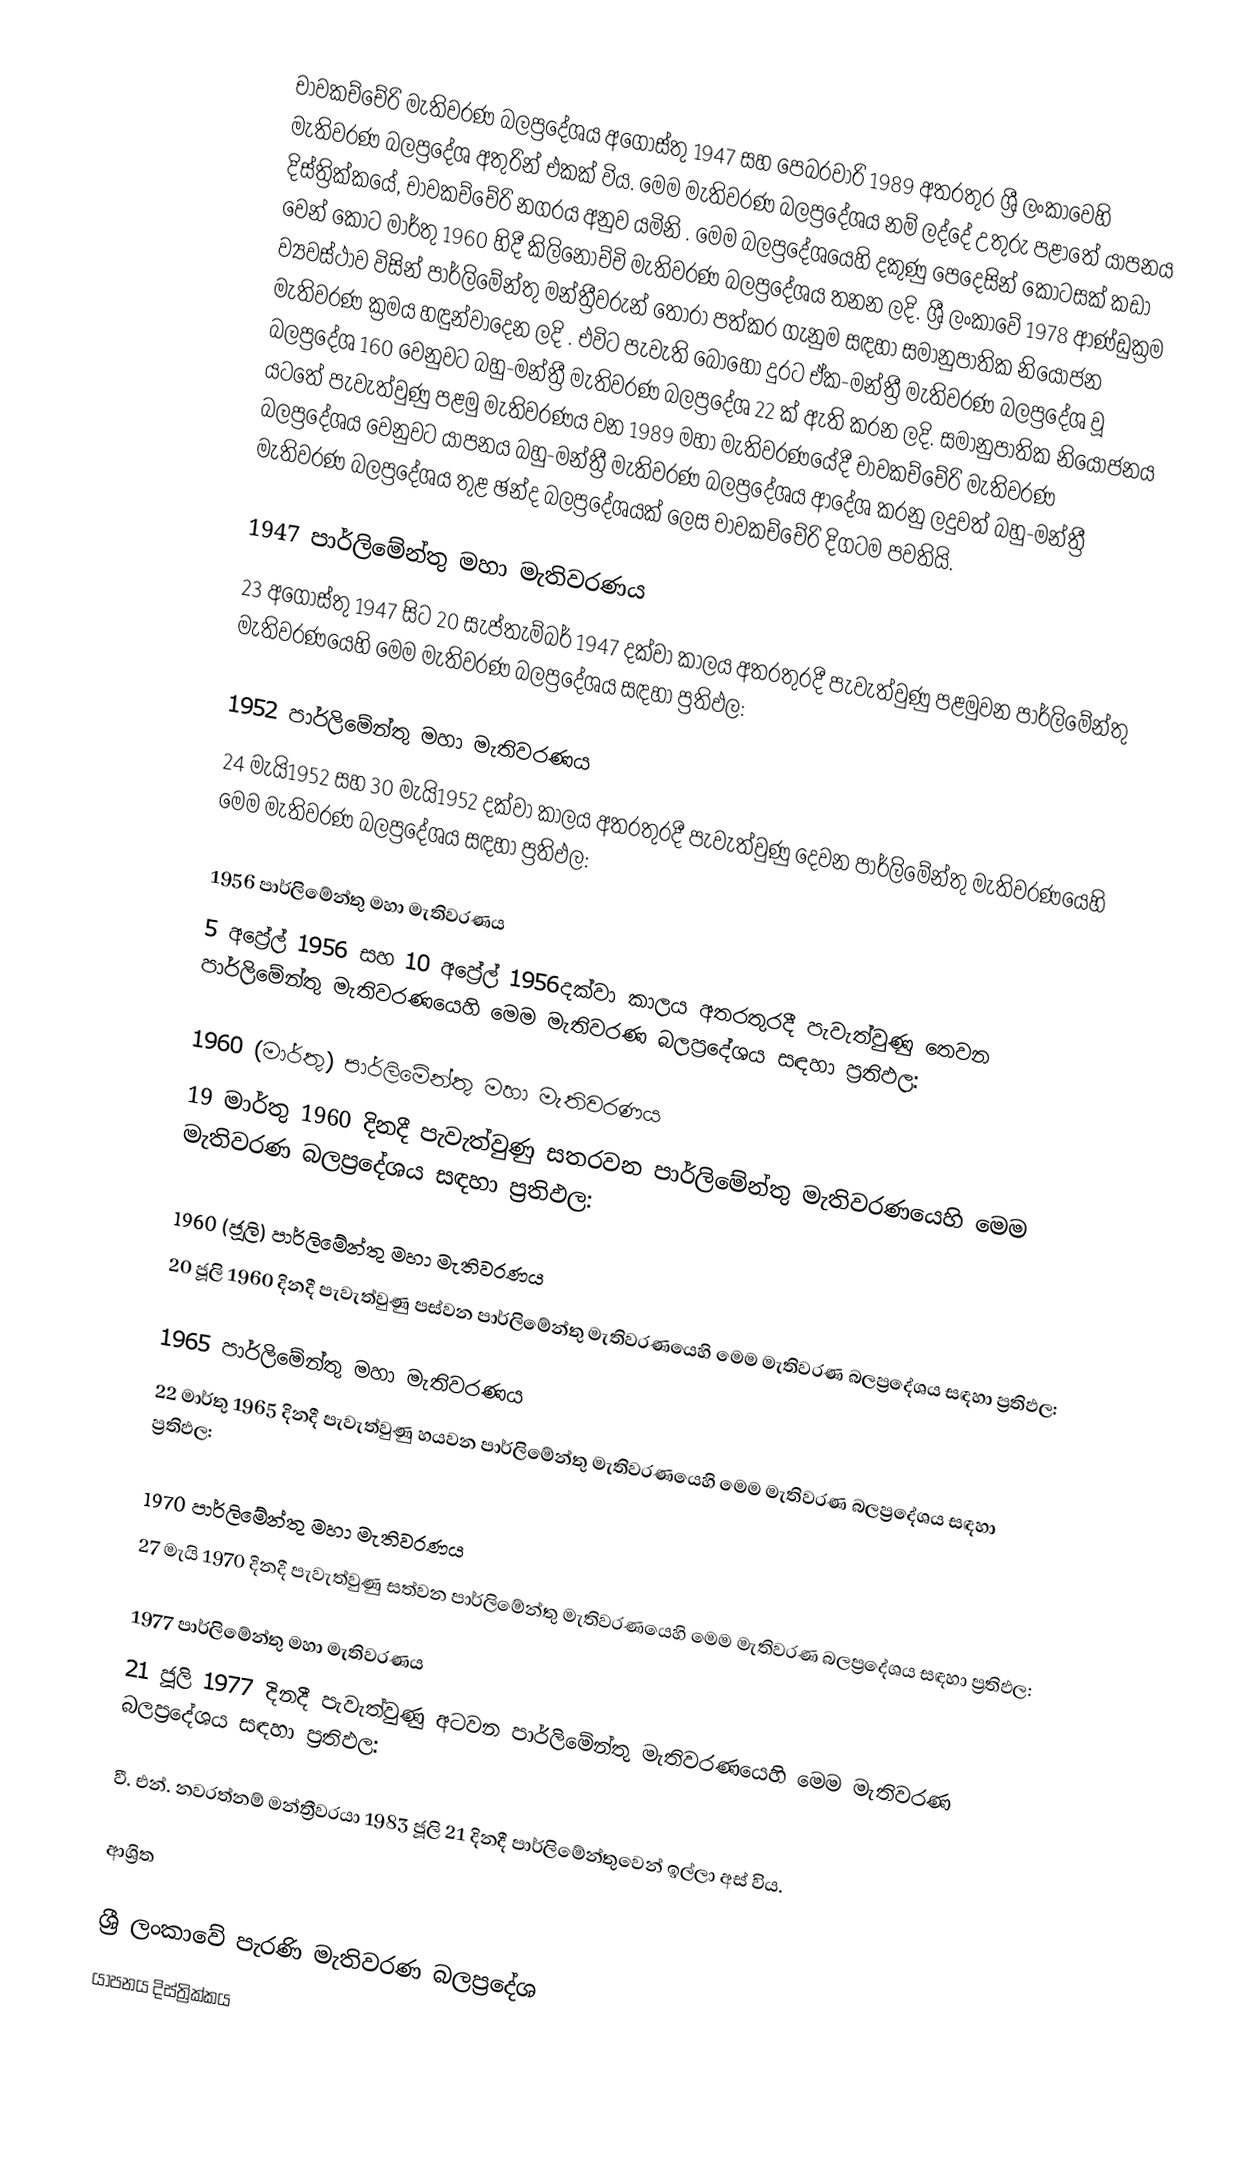
චාවකච්චේරි මැතිවරණ බලප්‍රදේශය  අගෝස්තු 1947 සහ පෙබරවාරි 1989 අතරතුර  ශ්‍රී ලංකාවෙහි  මැතිවරණ බලප්‍රදේශ අතුරින් එකක් විය. මෙම මැතිවරණ බලප්‍රදේශය නම් ලද්දේ උතුරු පළාතේ  යාපනය දිස්ත්‍රික්කයේ,  චාවකච්චේරි නගරය අනුව යමිනි . මෙම බලප්‍රදේශයෙහි දකුණු පෙදෙසින් කොටසක් කඩා වෙන් කොට මාර්තු 1960 හිදී කිලිනොච්චි මැතිවරණ බලප්‍රදේශය තනන ලදි. ශ්‍රී ලංකාවේ 1978 ආණ්ඩුක්‍රම ව්‍යවස්ථාව විසින්   පාර්ලිමේන්තු මන්ත්‍රීවරුන් තෝරා පත්කර ගැනුම සඳහා සමානුපාතික නියෝජන මැතිවරණ ක්‍රමය හඳුන්වාදෙන ලදි . එවිට පැවැති බොහෝ දුරට  ඒක-මන්ත්‍රී මැතිවරණ බලප්‍රදේශ වූ බලප්‍රදේශ 160 වෙනුවට බහු-මන්ත්‍රී මැතිවරණ බලප්‍රදේශ 22 ක් ඇති කරන ලදි. සමානුපාතික නියෝජනය යටතේ පැවැත්වුණු පළමු මැතිවරණය වන 1989 මහා මැතිවරණයේදී  චාවකච්චේරි මැතිවරණ බලප්‍රදේශය වෙනුවට  යාපනය බහු-මන්ත්‍රී මැතිවරණ බලප්‍රදේශය  ආදේශ කරනු ලදුවත් බහු-මන්ත්‍රී මැතිවරණ බලප්‍රදේශය තුළ ඡන්ද බලප්‍රදේශයක් ලෙස චාවකච්චේරි දිගටම පවතියි.

1947 පාර්ලිමේන්තු මහා මැතිවරණය
23 අගෝස්තු 1947 සිට 20 සැප්තැම්බර් 1947 දක්වා කාලය අතරතුරදී පැවැත්වුණු  පළමුවන පාර්ලිමේන්තු මැතිවරණයෙහි මෙම මැතිවරණ බලප්‍රදේශය සඳහා ප්‍රතිඵල:

1952 පාර්ලිමේන්තු මහා මැතිවරණය
24 මැයි1952 සහ 30 මැයි1952 දක්වා කාලය අතරතුරදී පැවැත්වුණු  දෙවන පාර්ලිමේන්තු මැතිවරණයෙහි මෙම මැතිවරණ බලප්‍රදේශය සඳහා ප්‍රතිඵල:

1956 පාර්ලිමේන්තු මහා මැතිවරණය
5 අප්‍රේල් 1956 සහ 10 අප්‍රේල් 1956දක්වා කාලය අතරතුරදී පැවැත්වුණු  තෙවන පාර්ලිමේන්තු මැතිවරණයෙහි මෙම මැතිවරණ බලප්‍රදේශය සඳහා ප්‍රතිඵල:

1960 (මාර්තු) පාර්ලිමේන්තු මහා මැතිවරණය
19 මාර්තු 1960 දිනදී පැවැත්වුණු  සතරවන පාර්ලිමේන්තු මැතිවරණයෙහි මෙම මැතිවරණ බලප්‍රදේශය සඳහා ප්‍රතිඵල:

1960 (ජූලි) පාර්ලිමේන්තු මහා මැතිවරණය
20 ජූලි 1960 දිනදී පැවැත්වුණු  පස්වන පාර්ලිමේන්තු මැතිවරණයෙහි මෙම මැතිවරණ බලප්‍රදේශය සඳහා ප්‍රතිඵල:

1965 පාර්ලිමේන්තු මහා මැතිවරණය
22 මාර්තු 1965  දිනදී පැවැත්වුණු  හයවන පාර්ලිමේන්තු මැතිවරණයෙහි මෙම මැතිවරණ බලප්‍රදේශය සඳහා ප්‍රතිඵල:

1970 පාර්ලිමේන්තු මහා මැතිවරණය
27 මැයි 1970 දිනදී පැවැත්වුණු  සත්වන පාර්ලිමේන්තු මැතිවරණයෙහි මෙම මැතිවරණ බලප්‍රදේශය සඳහා ප්‍රතිඵල:

1977 පාර්ලිමේන්තු මහා මැතිවරණය
21 ජූලි 1977 දිනදී පැවැත්වුණු  අටවන පාර්ලිමේන්තු මැතිවරණයෙහි මෙම මැතිවරණ බලප්‍රදේශය සඳහා ප්‍රතිඵල:

වී. එන්. නවරත්නම් මන්ත්‍රීවරයා 1983 ජූලි 21 දිනදී පාර්ලිමේන්තුවෙන් ඉල්ලා අස් විය.

ආශ්‍රිත

ශ්‍රී ලංකාවේ පැරණි මැතිවරණ බලප්‍රදේශ
යාපනය දිස්ත්‍රික්කය